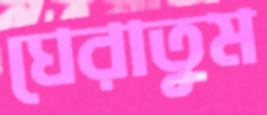
ঘেরাতুম